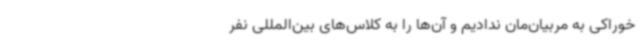
خوراکی به مربیان‌مان ندادیم و آن‌ها را به کلاس‌های بین‌المللی نفر